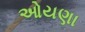
ઓયણા